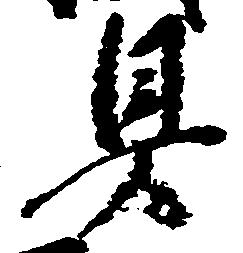
具